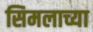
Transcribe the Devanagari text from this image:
सिमलाच्या